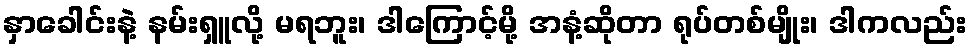
နှာခေါင်းနဲ့ နမ်းရှူလို့ မရဘူး၊ ဒါကြောင့်မို့ အနံ့ဆိုတာ ရုပ်တစ်မျိုး၊ ဒါကလည်း